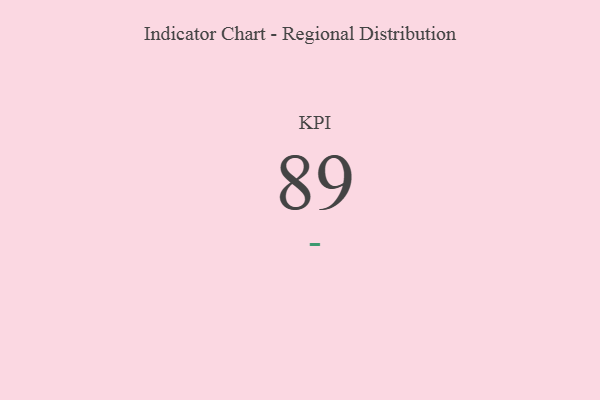
{"axis": {"x": "KPI", "y": "Value"}, "legend": [""], "data": [{"x": "KPI", "y": 89, "type": ""}]}